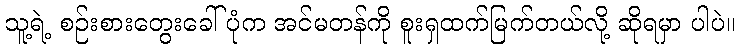
သူ့ရဲ့ စဉ်းစားတွေးခေါ်ပုံက အင်မတန်ကို စူးရှထက်မြက်တယ်လို့ ဆိုရမှာ ပါပဲ။